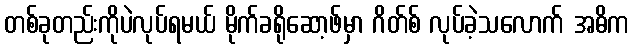
တစ်ခုတည်းကိုပဲလုပ်ရမယ် မိုက်ခရိုဆော့ဖ်မှာ ဂိတ်စ် လုပ်ခဲ့သလောက် အဓိက